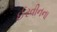
ઈરવીનના